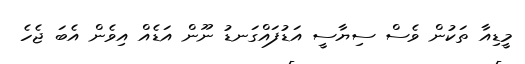
މީޑިއާ ތަކުން ވެސް ސިޔާސީ އަޑުފައްގަނޑު ނޫން އަޑެއް އިވެން އެބަ ޖެހެ